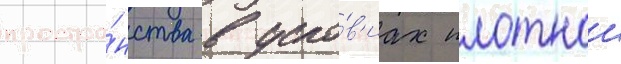
простра́нства в усло́в'иах плотнои